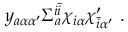
y _ { a \alpha \alpha ^ { \prime } } \Sigma _ { a } ^ { i { \bar { i } } } \chi _ { i \alpha } \chi _ { { \bar { i } } \alpha ^ { \prime } } ^ { \prime } ~ .